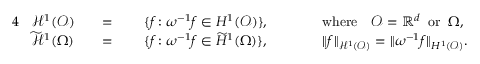
\begin{array} { r l r l r l r l } { { 4 } } & { \mathcal { H } ^ { 1 } ( \mathcal { O } ) } & & { = } & { \; } & { \{ f \colon \omega ^ { - 1 } f \in H ^ { 1 } ( \mathcal { O } ) \} , } & { \qquad } & { \mathrm { w h e r e } \quad \mathcal { O } = \mathbb { R } ^ { d } \; \; \mathrm { o r } \; \; \Omega , } \\ & { \widetilde { \mathcal { H } } ^ { 1 } ( \Omega ) } & & { = } & & { \{ f \colon \omega ^ { - 1 } f \in \widetilde { H } ^ { 1 } ( \Omega ) \} , } & { \qquad } & { \| f \| _ { \mathcal { H } ^ { 1 } ( \mathcal { O } ) } = \| \omega ^ { - 1 } f \| _ { H ^ { 1 } ( \mathcal { O } ) } . } \end{array}